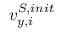
{ v } _ { y , i } ^ { S , i n i t }